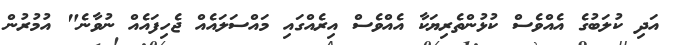
އަދި ކުލަބުގެ އެއްވެސް ކުޅުންތެރިޔަކާ އެއްވެސް އިރެއްގައި މައްސަލައެއް ޖެހިފައެއް ނުވާނެ" އުމުރުން